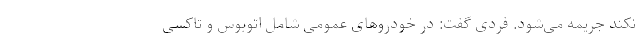
نکند جریمه می‌شود. فردی گفت: در خودروهای عمومی شامل اتوبوس و تاکسی